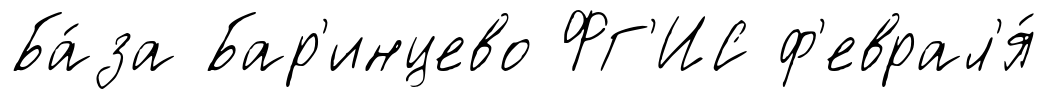
Ба́за Бар'инцево ФГ'ИС ф'еврал'я́